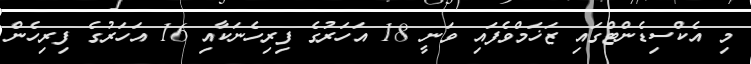
މި އެކްސިޑެންޓްގައި ޒަޚަމްވެފައި ވަނީ 18 އަހަރުގެ ފިރިހެނަކާއި 16 އަހަރުގެ ފިރިހެން